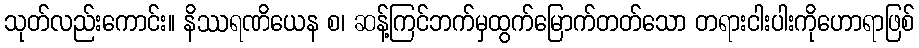
သုတ်လည်းကောင်း။ နိဿရဏိယေန စ၊ ဆန့်ကြင်ဘက်မှထွက်မြောက်တတ်သော တရားငါးပါးကိုဟောရာဖြစ်